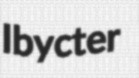
Ibycter